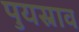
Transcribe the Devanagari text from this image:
पुयस्राव